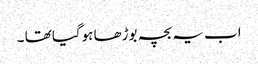
اب یہ بچہ بوڑھا ہوگیا تھا ۔